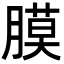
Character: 膜